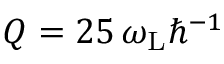
Q = 2 5 \, \omega _ { \mathrm { L } } \hbar ^ { - 1 }